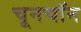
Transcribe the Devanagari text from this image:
चूनचॉन